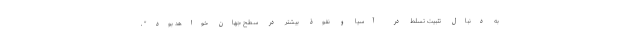
به دنبال تثبیت تسلط در آسیا و نفوذ بیشتر در سطح جهان خواهد بود" ،